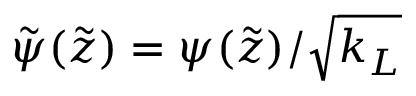
\tilde { \psi } ( \tilde { z } ) = \psi ( \tilde { z } ) / \sqrt { k _ { L } }